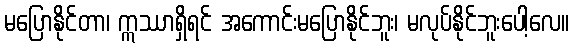
မပြောနိုင်တာ၊ ဣဿာရှိရင် အကောင်းမပြောနိုင်ဘူး၊ မလုပ်နိုင်ဘူးပေါ့လေ။